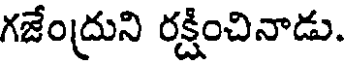
గజేంద్రుని రక్షించినాడు.